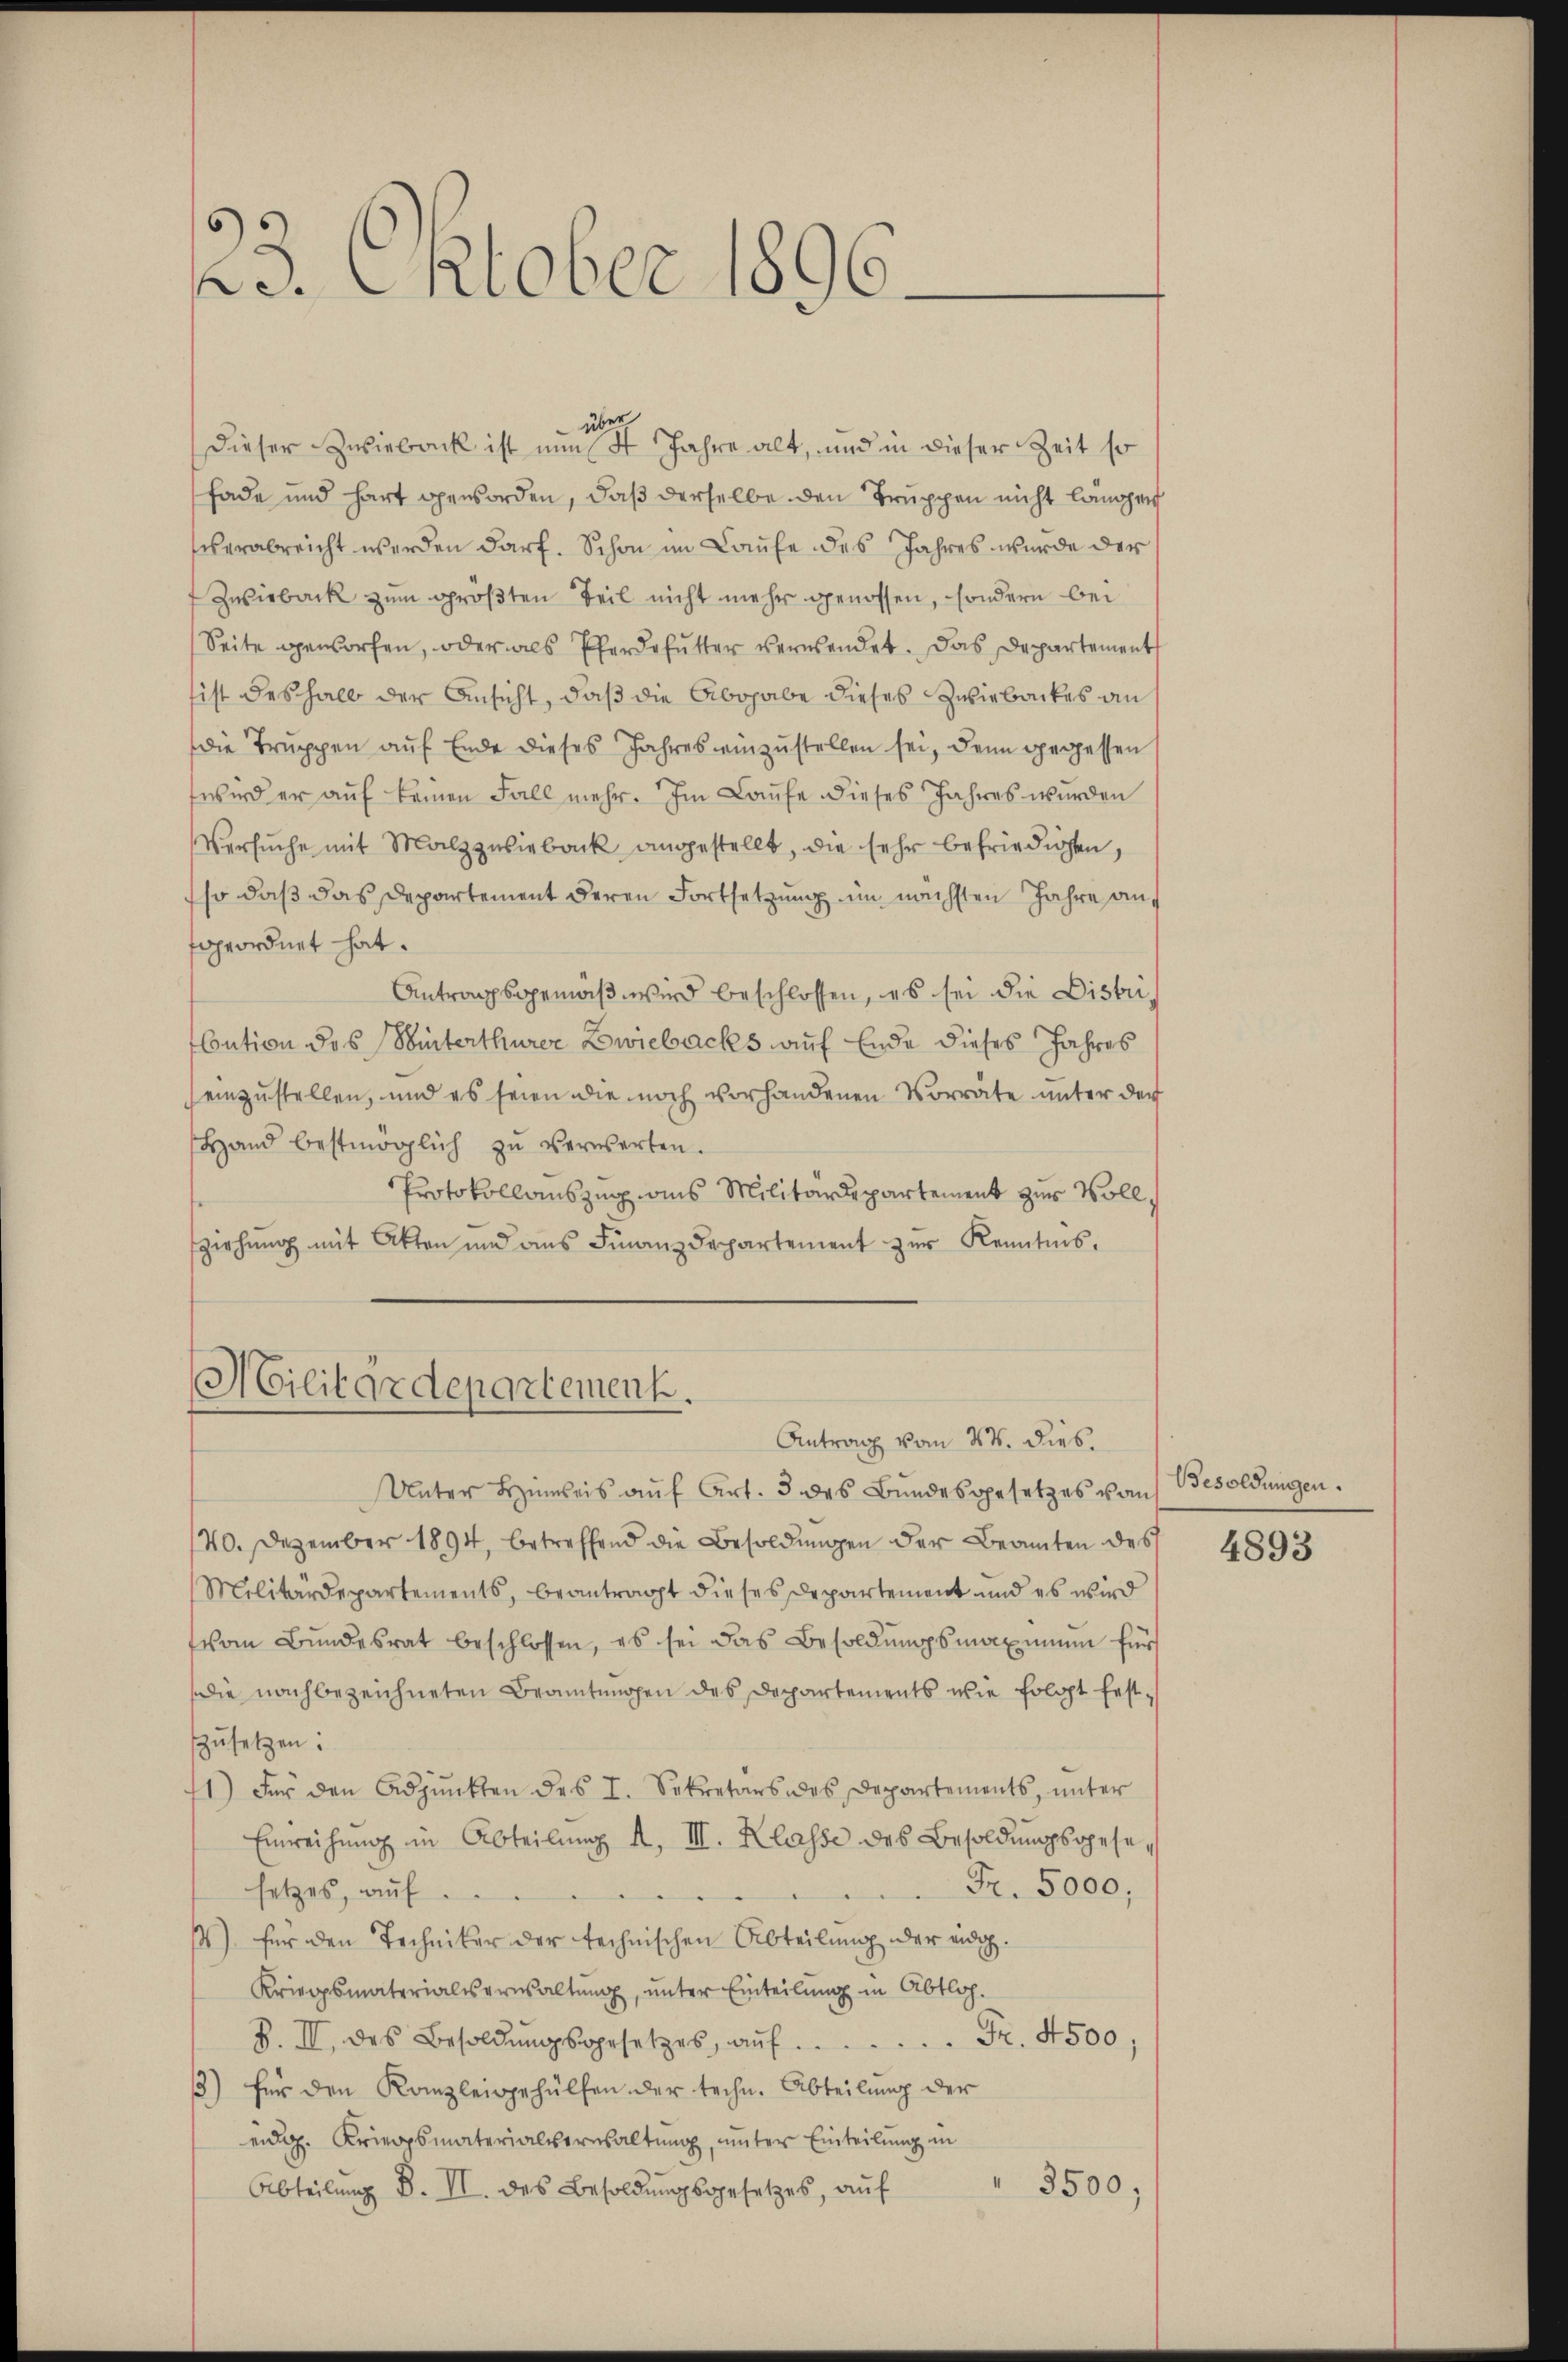
23. Oktober 1896.

über
dieser Zwieback ist nun St. Jahre alt, und in dieser Zeit so
fade und hart geworden, daß derselbe den Truppen nicht langer
herabreicht werden darf. Schon im Laufe des Jahres wurde der
Zwieback zum größten Teil nicht mehr genossen, sondern bei
Seite geworfen, oder als Pferdefütter verwendet. Das Departement
ist deshalb der Ansicht, daß die Abohabe dieses Zwiebackes an
die Truppen auf Ende dieses Jahres einzustellen sei, denn gegessen
wird er aŭf keinen Fall mehr. Im Laŭfe dieses Jahres wurden
Versŭche mit Malzzusieback angestellt, die sehr befriedigen,
so daß das Departement deren Fortsetzung im nächsten Jahre anfgeordnet hat.
Antragsgemäß wird beschlossen, es sei die Distri
Cution des Winterthurer Zwiebacks auf Ende dieses Jahres
einzustellen, und es seien die noch vorhandenen Vorräte unter der
Hand bestmöglich zŭ verwerten.
Protokollauszug aus Militärdepartement zur Vollziehung mit Akten und ans Finanzdepartement zur Kenntnis,

Militärdepartement.
Antrag vom 24. Dieb.

Unter Limreis aŭf Art. 3 des Bŭndesgesetzes von
40. Dezember 1894, betreffend die Besoldungen der Beamten des
Militärdepartements, beantragt dieses Departement und es wird
vom Bŭndesrat beschlossen, es sei das Besoldŭngsmaximum für
die nachbezeichneten Beamtungen des Departements wie folgt festzŭsetzen.
1) Für den Adjunkten des I. Sekretärs des Departements, ŭnter
Einreichŭng in Abteilŭng A. III. Klasse des Besoldŭngsgese¬
Fr. 5000,
setzes, auf
) für den Techniker der technischen Abteilung der eidg.
Kriegsmaterialiserwaltung, unter Einteilung in Abtlog.
Fr. 4500;
B. II. des Besoldŭngsgesetzes, aŭf
3) für den Kanzleigehülfen der techn. Abteilung der
eidg. Kriegsmaterialverwaltung, unter Einteilung in
3500;
Abteilŭng B. II. des Besoldŭngsgesetzes, auf

Besoldungen.

4893